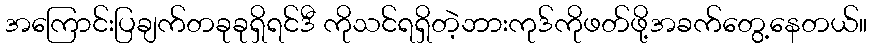
အကြောင်းပြချက်တခုခုရှိရင်ဒီ ကိုသင်ရရှိတဲ့ဘားကုဒ်ကိုဖတ်ဖို့အခက်တွေ့နေတယ်။